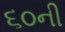
૬૦ની